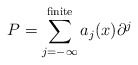
\begin{align*}P=\sum_{j=-\infty}^{\rm finite} a_j(x) \partial^j\end{align*}